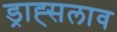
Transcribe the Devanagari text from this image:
ड्राह्सलाव